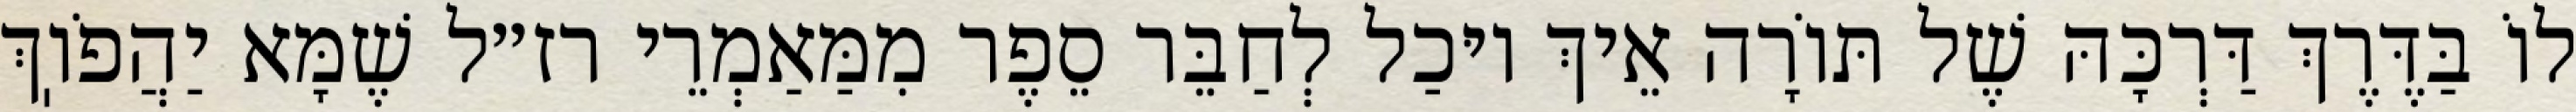
לוֹ בַּדֶּרֶךְ דַּרְכָּהּ שֶׁל תּוֹרָה אֵיךְ יוּכַל לְחַבֵּר סֵפֶר מִמַּאַמְרֵי רז״ל שֶׁמָּא יַהֲפֹוֽךְ